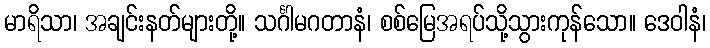
မာရိသာ၊ အချင်းနတ်များတို့။ သင်္ဂါမဂတာနံ၊ စစ်မြေအရပ်သို့သွားကုန်သော။ ဒေဝါနံ၊